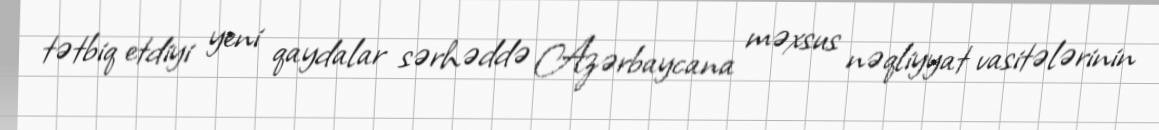
tətbiq etdiyi yeni qaydalar sərhəddə Azərbaycana məxsus nəqliyyat vasitələrinin